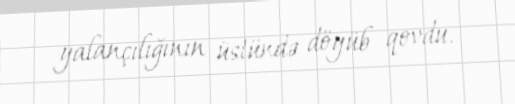
yalançılığının üstündə döyüb qovdu.